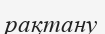
рақтану